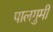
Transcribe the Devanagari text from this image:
पालगुमी